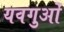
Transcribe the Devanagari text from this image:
यवगुओं